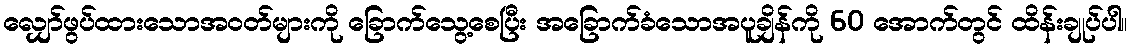
လျှော်ဖွပ်ထားသောအဝတ်များကို ခြောက်သွေ့စေပြီး အခြောက်ခံသောအပူချိန်ကို 60 အောက်တွင် ထိန်းချုပ်ပါ။